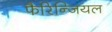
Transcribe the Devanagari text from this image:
फैरिन्जियल